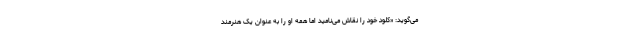
می‌گوید: «کلود خود را نقاش می‌نامید اما همه او را به عنوان یک هنرمند